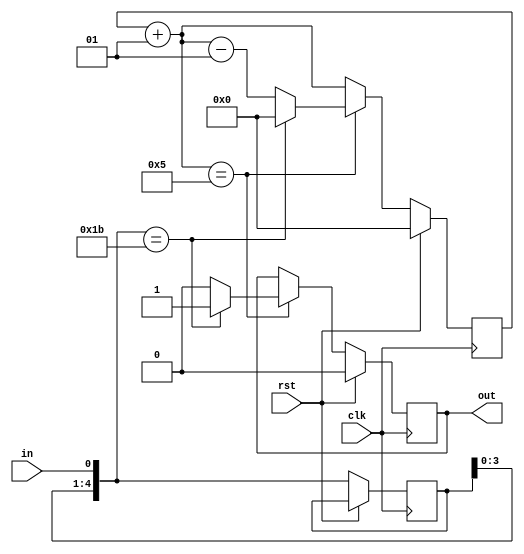
/* the code is for dynamic pattern-non-overlapping case*/

module dypat(clk, rst, in, out); //without valid signal
input clk, rst, in;
output reg out;
parameter size=5;
reg [size-1:0] pat, cur_pat;
integer num_bit;
//non-ov variation 

initial begin
/*$value$plusargs("size=%d",size);
#3;
$value$plusargs("pat=%b",pat);*/
pat=5'b11011;
out=0;
num_bit=0;
end

always @(posedge clk) begin
	if (rst) begin
		out=0;
		num_bit=0;
		end

	else begin
		cur_pat={cur_pat[size-2:0],in};
		num_bit=num_bit+1;
		if (num_bit==size) begin	
			if (cur_pat==pat) begin
				out=1;
				/*cur_pat=5'b00000;****writing like this isn't the best way to implement the non ov concept*****/
				num_bit=0; //this is how we implement non-ov concept
			end
			else begin
				out=0;
				num_bit=num_bit-1;
			end
		end

	end
end
endmodule